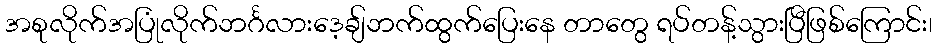
အစုလိုက်အပြုံလိုက်ဘင်္ဂလားဒေ့ချ်ဘက်ထွက်ပြေးနေ တာတွေ ရပ်တန့်သွားပြီဖြစ်ကြောင်း၊